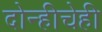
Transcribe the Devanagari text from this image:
दोन्हीचेही